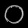
Digit: ၀